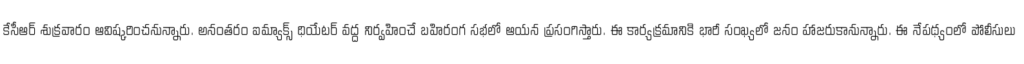
కేసీఆర్ శుక్రవారం ఆవిష్కరించనున్నారు. అనంతరం ఐమ్యాక్స్ థియేటర్ వద్ద నిర్వహించే బహిరంగ సభలో ఆయన ప్రసంగిస్తారు. ఈ కార్యక్రమానికి భారీ సంఖ్యలో జనం హాజరుకానున్నారు. ఈ నేపథ్యంలో పోలీసులు